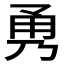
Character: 𭺹